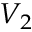
V _ { 2 }